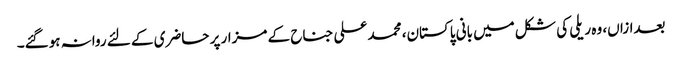
بعدازاں، وہ ریلی کی شکل میں بانی پاکستان، محمد علی جناح کے مزار پر حاضری کے لئے روانہ ہوگئے۔